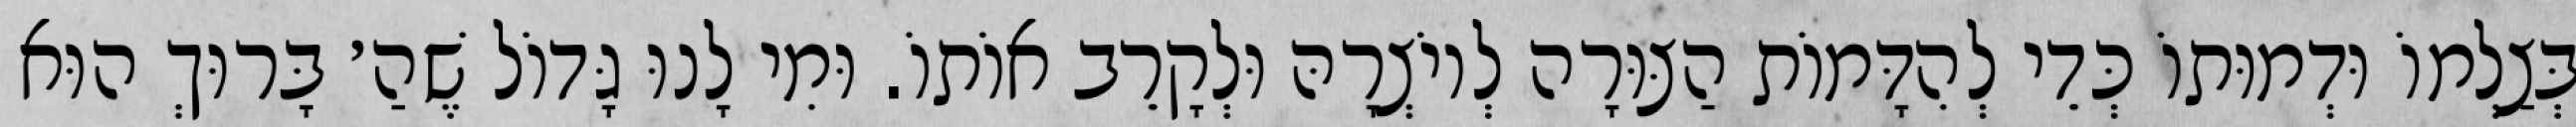
בְּצַלְמוֹ וּדְמוּתוֹ כְּדֵי לְהִדָּמוֹת הַצּוּרָה לְיוֹצְרָהּ וּלְקָרֵב אוֹתוֹ. וּמִי לָנוּ גָּדוֹל שֶׁהַ׳ בָּרוּךְ הוּא